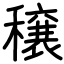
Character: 穣